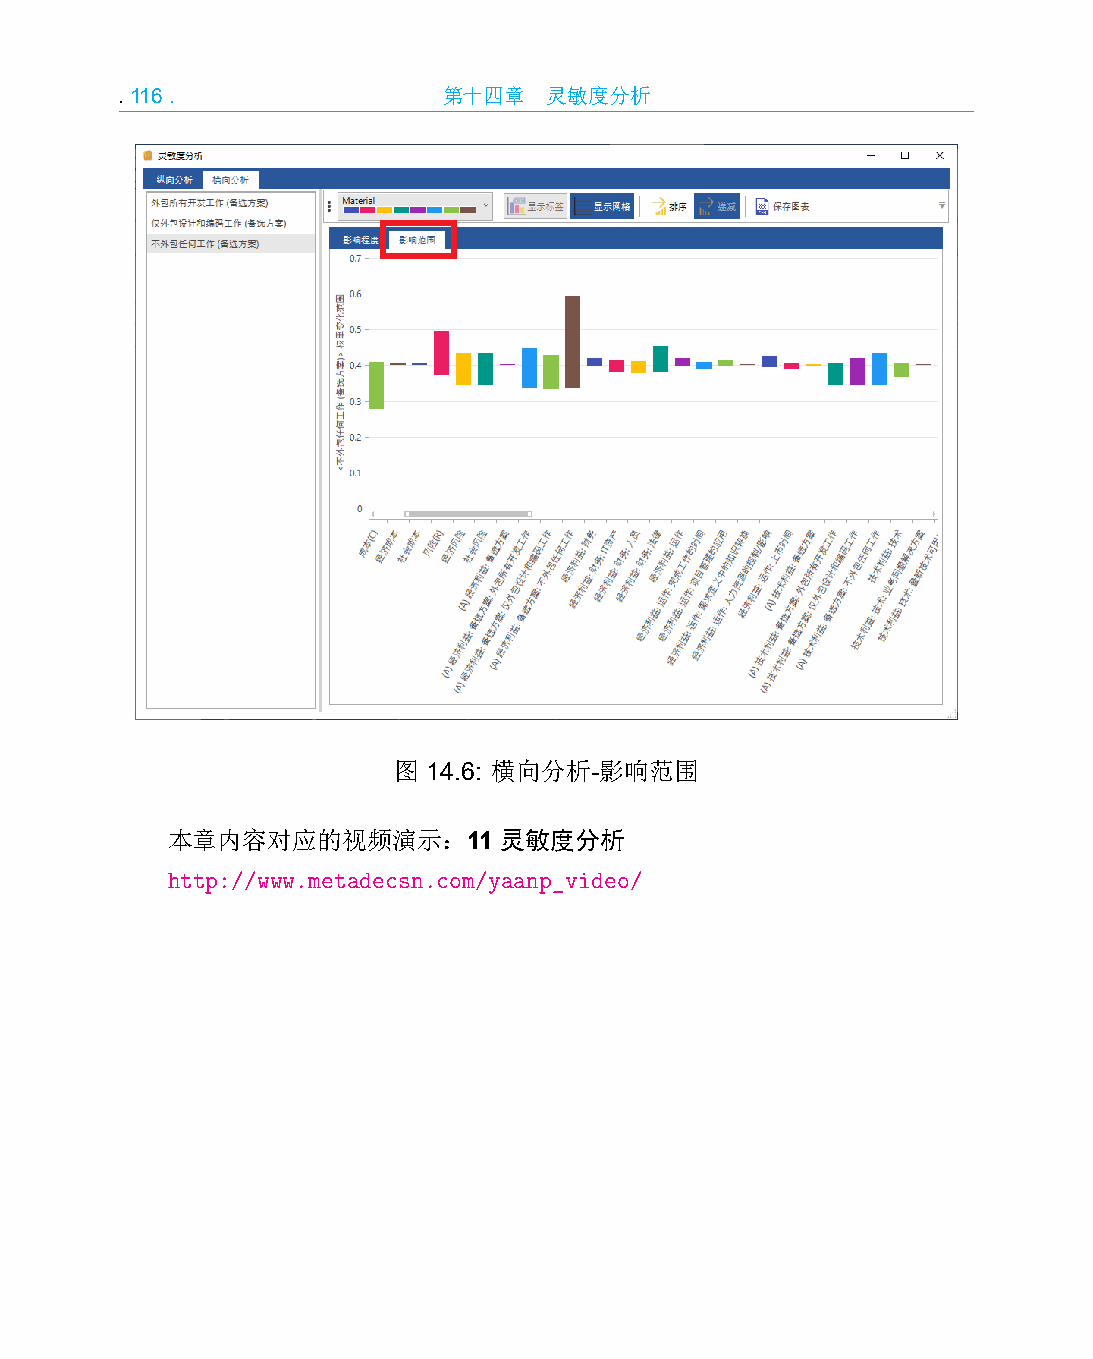
.116.                第十四章   灵敏度分析
 图 14.6: 横向分析-影响范围
 本章内容对应的视频演示：11        灵敏度分析
 http://www.metadecsn.com/yaanp_video/